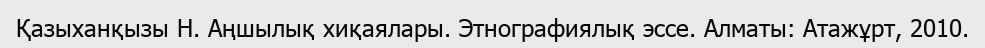
Қазыханқызы Н. Аңшылық хиқаялары. Этнографиялық эссе. Алматы: Атажұрт, 2010.